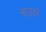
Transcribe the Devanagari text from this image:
साउटर